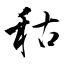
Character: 秙